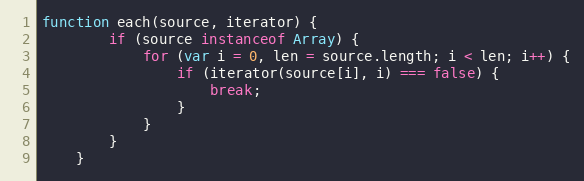
Language: JavaScript
function each(source, iterator) {
        if (source instanceof Array) {
            for (var i = 0, len = source.length; i < len; i++) {
                if (iterator(source[i], i) === false) {
                    break;
                }
            }
        }
    }